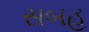
સબહ